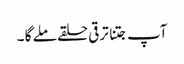
آپ جتنا ترقی حلقے ملے گا ۔